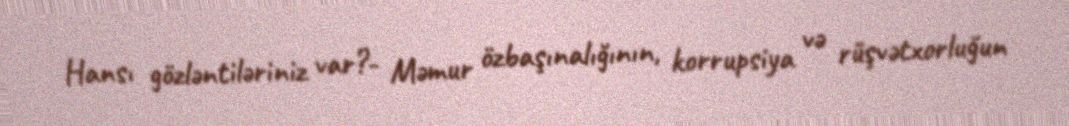
Hansı gözləntiləriniz var?- Məmur özbaşınalığının, korrupsiya və rüşvətxorluğun